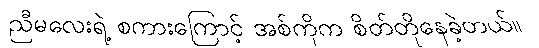
ညီမလေးရဲ့ စကားကြောင့် အစ်ကိုက စိတ်တိုနေခဲ့တယ်။